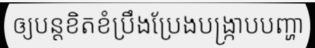
ឲ្យបន្តខិតខំប្រឹងប្រែងបង្ក្រាបបញ្ហា